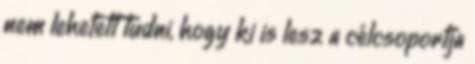
nem lehetett tudni, hogy ki is lesz a célcsoportja